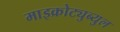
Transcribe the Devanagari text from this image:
माइक्रोट्युब्युल